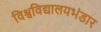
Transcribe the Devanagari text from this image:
विश्वविद्यालयभंडार